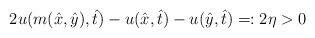
LaTeX: \begin{align*}2u(m(\hat{x}, \hat{y}), \hat{t})-u(\hat{x}, \hat{t})-u(\hat{y}, \hat{t}) =: 2\eta > 0\end{align*}